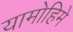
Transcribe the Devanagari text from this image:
यामोहिमे